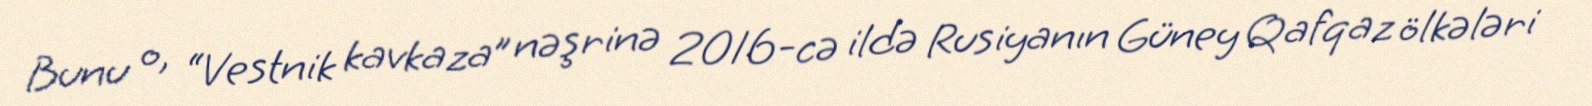
Bunu o, “Vestnik kavkaza” nəşrinə 2016-cə ildə Rusiyanın Güney Qafqaz ölkələri